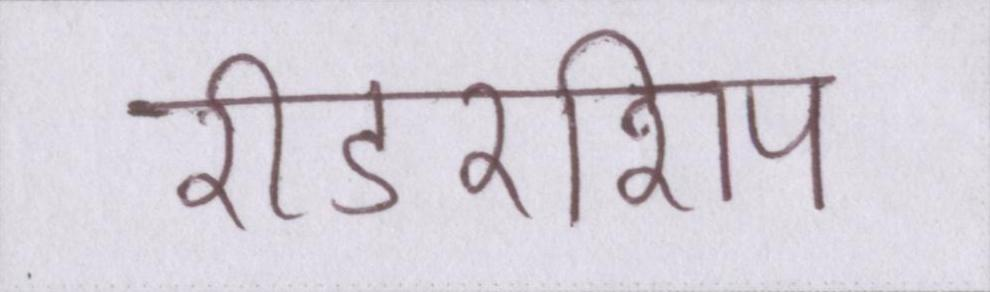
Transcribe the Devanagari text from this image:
रीडरशिप